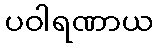
ပဝါရဏာယ